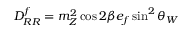
D _ { R R } ^ { f } = m _ { Z } ^ { 2 } \cos 2 \beta e _ { f } \sin ^ { 2 } \theta _ { W }